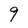
Character: 9